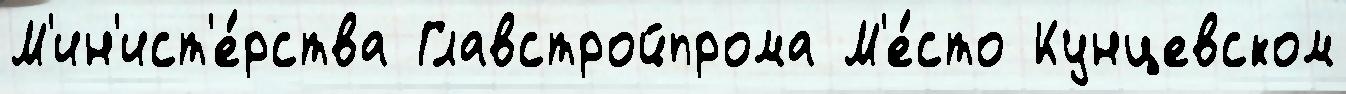
М'ин'ист'е́рства Главстройпрома М'е́сто Кунцевском